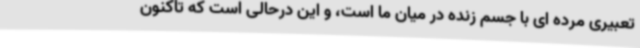
تعبیری مرده ای با جسم زنده در میان ما است، و این درحالی است که تاکنون